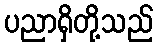
ပညာရှိတို့သည်